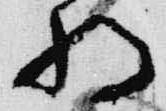
将